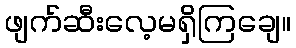
ဖျက်ဆီးလေ့မရှိကြချေ။